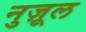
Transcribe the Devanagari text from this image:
नुज़ूल